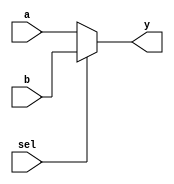
`timescale 1ns / 1ps
//////////////////////////////////////////////////////////////////////////////////
// Company: 
// Engineer: 
// 
// Design Name: 
// Module Name: multi2_1
// Project Name: 
// Target Devices: 
// Tool Versions: 
// Description: 
// 
// Dependencies: 
// 
// Revision:
// Revision 0.01 - File Created
// Additional Comments:
// 
//////////////////////////////////////////////////////////////////////////////////


module multi2_1(

input a,
input b,
input sel,
output y    );
assign y=sel?b:a;

endmodule